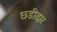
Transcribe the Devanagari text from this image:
छ्डीदार